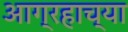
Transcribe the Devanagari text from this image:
आग्रहाच्या